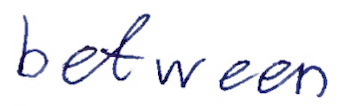
Text: between
Cross-out: clean
Writing tool: ballpoint